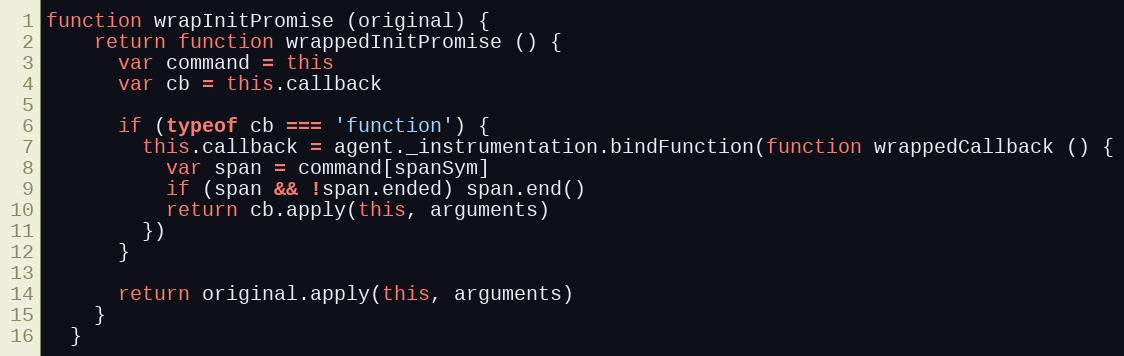
Language: JavaScript
function wrapInitPromise (original) {
    return function wrappedInitPromise () {
      var command = this
      var cb = this.callback

      if (typeof cb === 'function') {
        this.callback = agent._instrumentation.bindFunction(function wrappedCallback () {
          var span = command[spanSym]
          if (span && !span.ended) span.end()
          return cb.apply(this, arguments)
        })
      }

      return original.apply(this, arguments)
    }
  }